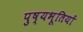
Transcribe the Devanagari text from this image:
पुष्यभूतियों